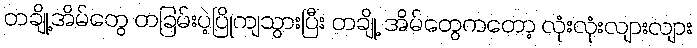
တချို့အိမ်တွေ တခြမ်းပဲ့ပြိုကျသွားပြီး တချို့ အိမ်တွေကတော့ လုံးလုံးလျားလျား